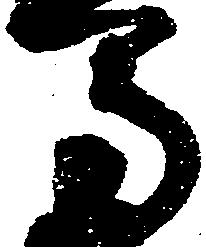
馬